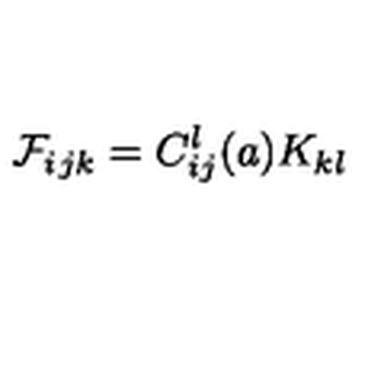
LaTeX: \mathcal { F } _ { i } { } _ { j k } = C _ { i j } ^ { l } ( a ) K _ { k l }